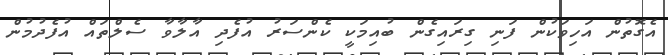
އެގޮތުން އަހިވަކުން ފަނި ގިރައިގެން ބުއިމަކީ ކެންސަރު އުފެދި އާލާވާ ސެލްތައް އުފެދުމުން